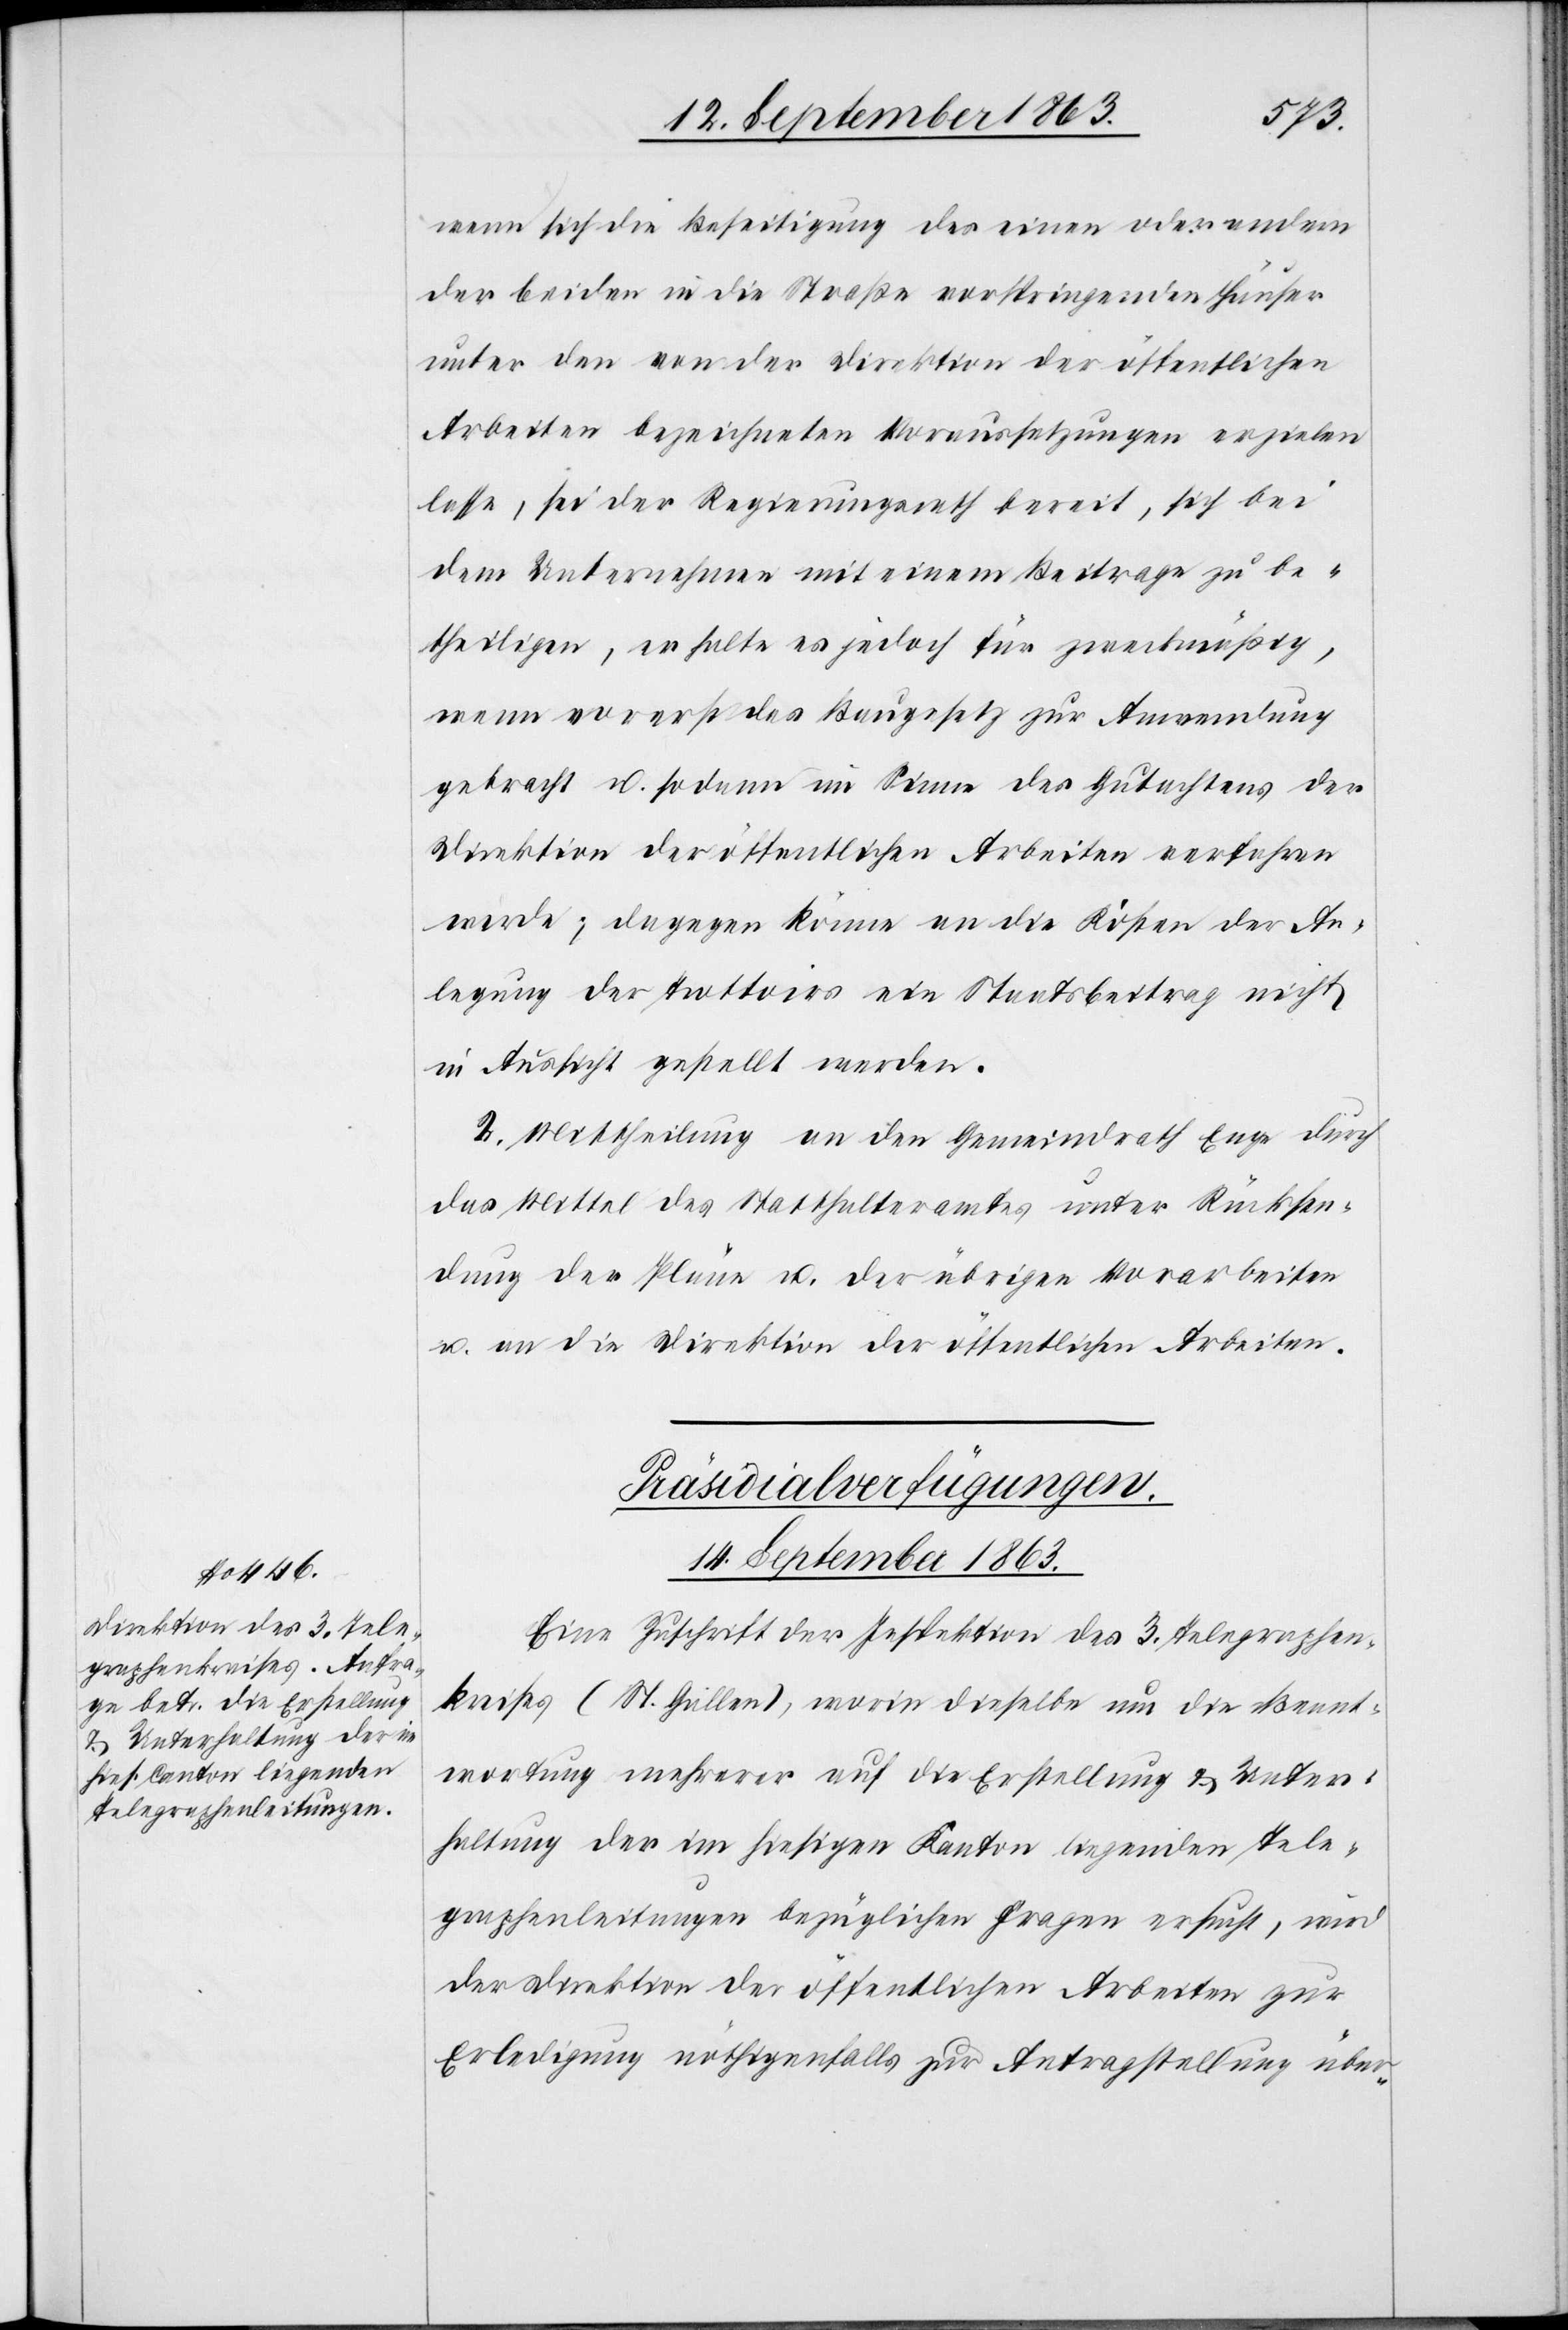
wenn sich die Beseitigung des einen oder andern
der beiden in die Straße vorspringenden Häuser
unter den von der Direktion der öffentlichen
Arbeiten bezeichneten Voraussetzungen erzielen
lasse, sei der Regierungsrath bereit, sich bei
dem Unternehmen mit einem Beitrage zu be¬
theiligen, er halte es jedoch für zweckmäßig,
wenn vorerst das Baugesetz zur Anwendung
gebracht u. sodann im Sinne des Gutachtens der
Direktion der öffentlichen Arbeiten verfahren
werde; dagegen könne an die Kosten der An¬
legung der Trottoirs ein Staatsbeitrag nicht
in Aussicht gestellt werden.
2. Mittheilung an den Gemeindrath Enge durch
das Mittel des Statthalteramtes unter Rücksen¬
dung der Pläne u. der übrigen Vorarbeiten
u. an die Direktion der öffentlichen Arbeiten.
Präsidialverfügungen.
14. September 1863.
Eine Zuschrift der Inspektion des 3. Telegraphen¬
kreises (St. Gallen), worin dieselbe um die Beant¬
wortung mehrerer auf die Erstellung & Unter¬
haltung der im hiesigen Kanton liegenden Tele¬
graphenleitungen bezüglichen Fragen ersucht, wird
der Direktion der öffentlichen Arbeiten zur
Erledigung nöthigenfalls zur Antragstellung über-